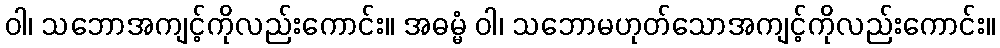
ဝါ၊ သဘောအကျင့်ကိုလည်းကောင်း။ အဓမ္မံ ဝါ၊ သဘောမဟုတ်သောအကျင့်ကိုလည်းကောင်း။